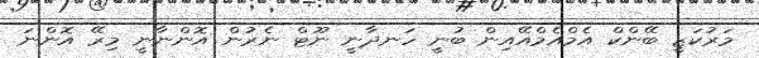
މަރުކަޒީ ބޭންކް އެމްއެމްއޭއިން ބުނީ ހަނދާނީ ނޫޓް ނެރުން އޮންނާނީ މިރޭ އޮންނަ